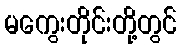
မကွေးတိုင်းတို့တွင်